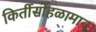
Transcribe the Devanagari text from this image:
किर्तीसोहळामान